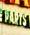
parts